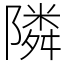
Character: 隣